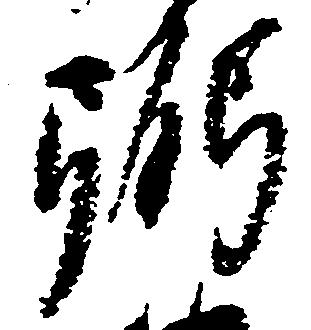
弼